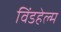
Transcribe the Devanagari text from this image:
विंडहेल्म